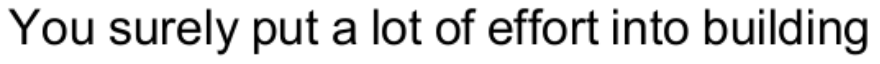
You surely put a lot of effort into building